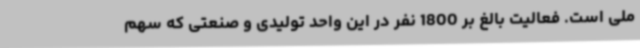
ملی است. فعالیت بالغ بر 1800 نفر در این واحد تولیدی و صنعتی که سهم